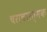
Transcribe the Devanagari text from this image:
चराचरात्मक